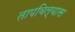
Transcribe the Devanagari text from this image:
तापविल्यास